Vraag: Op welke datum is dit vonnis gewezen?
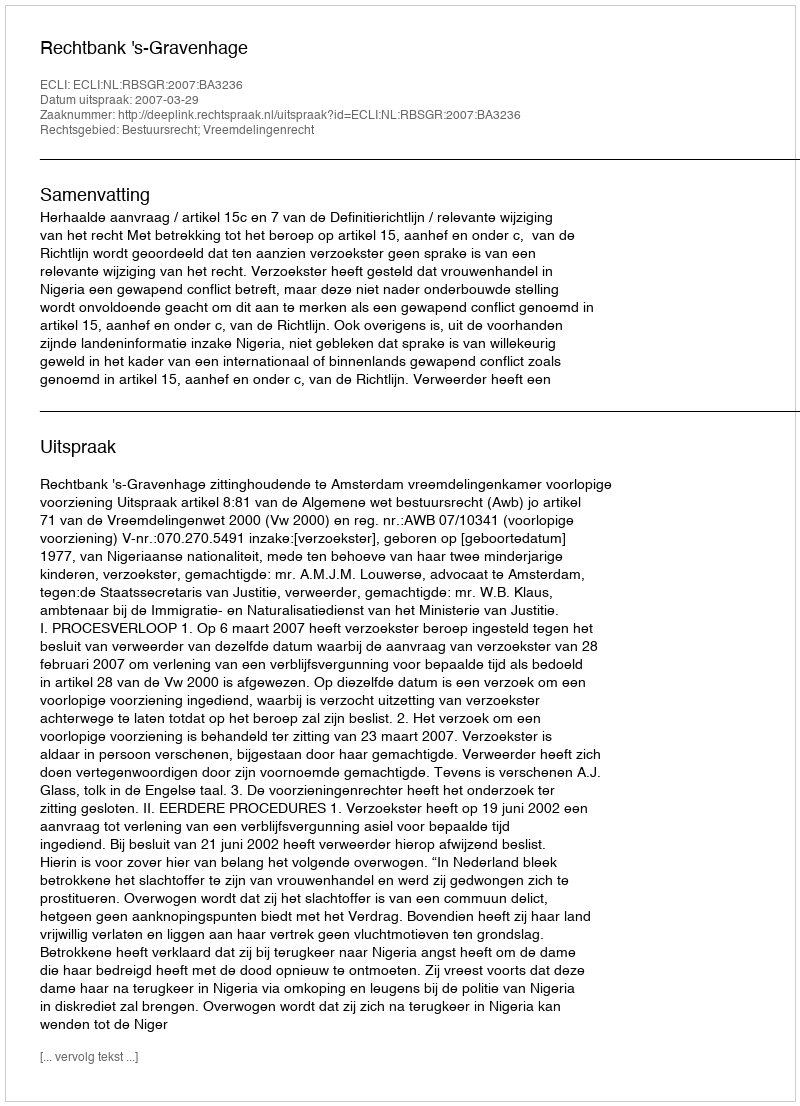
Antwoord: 2007-03-29